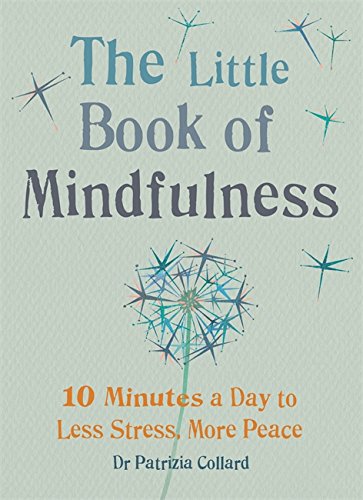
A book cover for Little Book of Mindfulness: 10 minutes a day to less stress, more peace; Patricia Collard; Self-Help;